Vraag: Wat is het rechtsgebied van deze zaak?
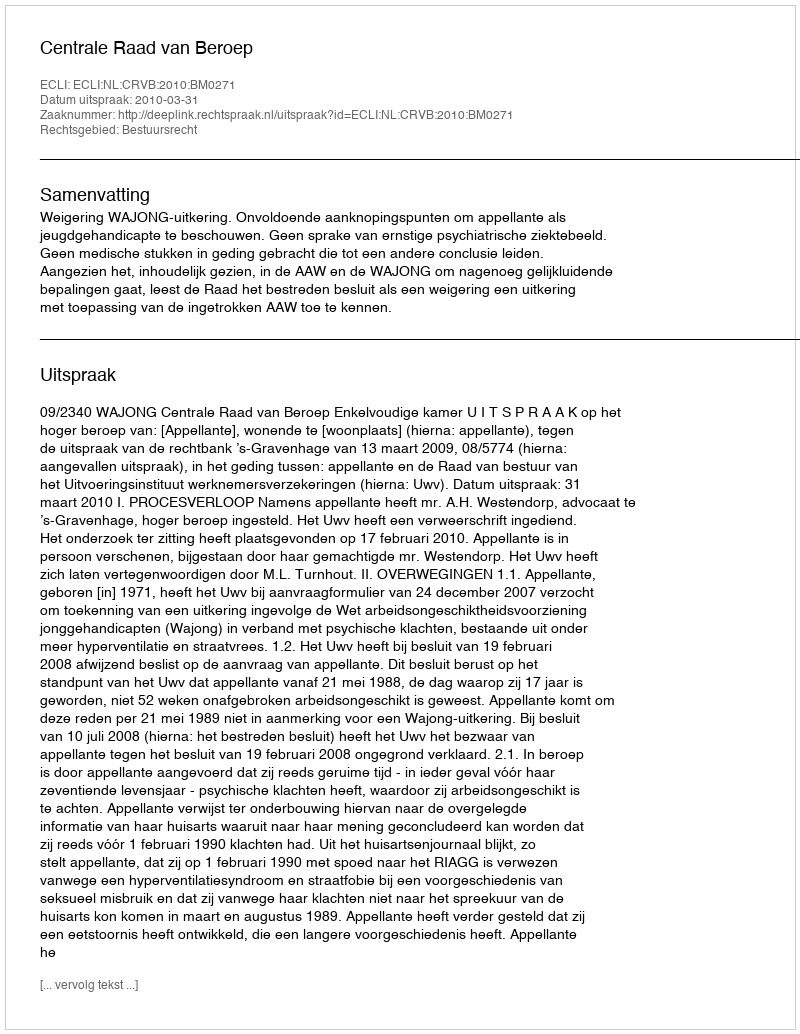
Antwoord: Bestuursrecht